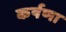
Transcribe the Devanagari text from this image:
कर्षणा